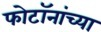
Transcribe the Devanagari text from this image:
फोटॉनांच्या